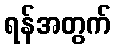
ရန်အတွက်